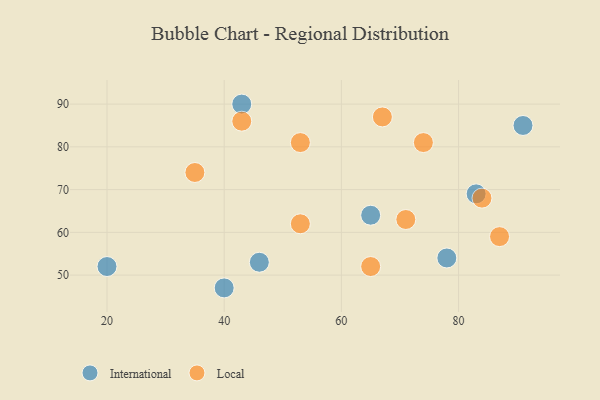
{"axis": {"x": "GDP", "y": "Life Expectancy"}, "legend": ["International", "Local"], "data": [{"x": "78", "y": 54, "type": "International"}, {"x": "65", "y": 64, "type": "International"}, {"x": "20", "y": 52, "type": "International"}, {"x": "91", "y": 85, "type": "International"}, {"x": "83", "y": 69, "type": "International"}, {"x": "46", "y": 53, "type": "International"}, {"x": "40", "y": 47, "type": "International"}, {"x": "43", "y": 90, "type": "International"}, {"x": "67", "y": 87, "type": "Local"}, {"x": "65", "y": 52, "type": "Local"}, {"x": "53", "y": 81, "type": "Local"}, {"x": "71", "y": 63, "type": "Local"}, {"x": "84", "y": 68, "type": "Local"}, {"x": "43", "y": 86, "type": "Local"}, {"x": "87", "y": 59, "type": "Local"}, {"x": "35", "y": 74, "type": "Local"}, {"x": "74", "y": 81, "type": "Local"}, {"x": "53", "y": 62, "type": "Local"}]}